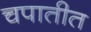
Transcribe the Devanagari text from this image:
चपातीत